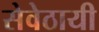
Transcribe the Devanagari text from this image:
सेवेठायी